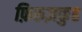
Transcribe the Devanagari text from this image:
फ़िरूज़कुह